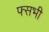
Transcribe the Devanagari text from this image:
फ्सभी